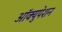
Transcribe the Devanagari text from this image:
आॅक्युपेशन